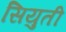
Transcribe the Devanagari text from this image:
सियुती